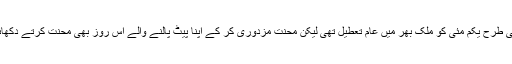
ہمیشہ کی طرح یکم مئی کو ملک بھر میں عام تعطیل تھی لیکن محنت مزدوری کر کے اپنا پیٹ پالنے والے اس روز بھی محنت کرتے دکھائی دیے۔